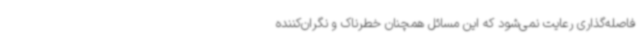
فاصله‌گذاری رعایت نمی‌شود که این مسائل همچنان خطرناک و نگران‌کننده